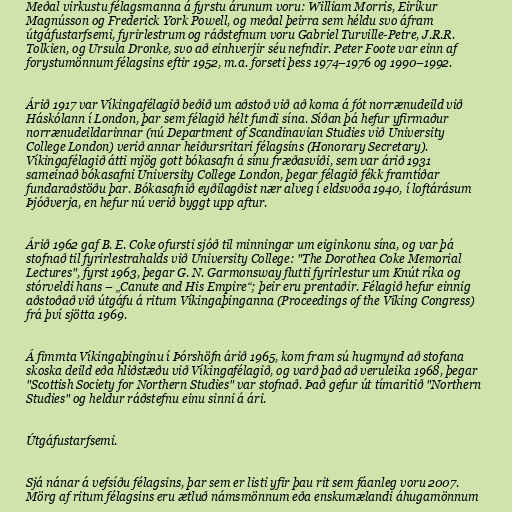
Meðal virkustu félagsmanna á fyrstu árunum voru: William Morris, Eiríkur
Magnússon og Frederick York Powell, og meðal þeirra sem héldu svo áfram
útgáfustarfsemi, fyrirlestrum og ráðstefnum voru Gabriel Turville-Petre, J.R.R.
Tolkien, og Ursula Dronke, svo að einhverjir séu nefndir. Peter Foote var einn af
forystumönnum félagsins eftir 1952, m.a. forseti þess 1974–1976 og 1990–1992.

Árið 1917 var Víkingafélagið beðið um aðstoð við að koma á fót norrænudeild við
Háskólann í London, þar sem félagið hélt fundi sína. Síðan þá hefur yfirmaður
norrænudeildarinnar (nú Department of Scandinavian Studies við University
College London) verið annar heiðursritari félagsins (Honorary Secretary).
Víkingafélagið átti mjög gott bókasafn á sínu fræðasviði, sem var árið 1931
sameinað bókasafni University College London, þegar félagið fékk framtíðar
fundaraðstöðu þar. Bókasafnið eyðilagðist nær alveg í eldsvoða 1940, í loftárásum
Þjóðverja, en hefur nú verið byggt upp aftur.

Árið 1962 gaf B. E. Coke ofursti sjóð til minningar um eiginkonu sína, og var þá
stofnað til fyrirlestrahalds við University College: "The Dorothea Coke Memorial
Lectures", fyrst 1963, þegar G. N. Garmonsway flutti fyrirlestur um Knút ríka og
stórveldi hans – „Canute and His Empire“; þeir eru prentaðir. Félagið hefur einnig
aðstoðað við útgáfu á ritum Víkingaþinganna (Proceedings of the Viking Congress)
frá því sjötta 1969.

Á fimmta Víkingaþinginu í Þórshöfn árið 1965, kom fram sú hugmynd að stofana
skoska deild eða hliðstæðu við Víkingafélagið, og varð það að veruleika 1968, þegar
"Scottish Society for Northern Studies" var stofnað. Það gefur út tímaritið "Northern
Studies" og heldur ráðstefnu einu sinni á ári.

Útgáfustarfsemi.

Sjá nánar á vefsíðu félagsins, þar sem er listi yfir þau rit sem fáanleg voru 2007.
Mörg af ritum félagsins eru ætluð námsmönnum eða enskumælandi áhugamönnum